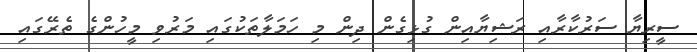
ސީރިޔާ ސަރުކާރާއި ރަޝިޔާއިން ގުޅިގެން ދިން މި ހަމަލާތަކުގައި މަރުވި މީހުންގެ ތެރޭގައި